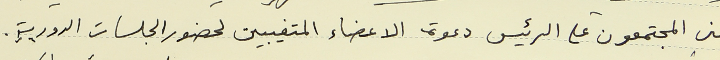
تمنى المجتمعون على الرئيس دعوة الاعضاء المتغيبين لحضور الجلسات الدورية.